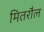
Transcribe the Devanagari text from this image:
मितरौल